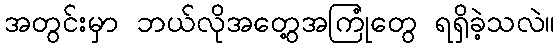
အတွင်းမှာ ဘယ်လိုအတွေ့အကြုံတွေ ရရှိခဲ့သလဲ။